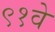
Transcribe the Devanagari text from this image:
९१वे